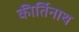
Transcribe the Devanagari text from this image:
कीर्तिनाथ